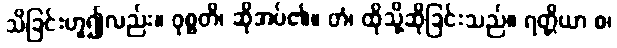
သိခြင်းဟူ၍လည်း။ ဝုစ္စတိ၊ ဆိုအပ်၏။ တံ၊ ထိုသို့ဆိုခြင်းသည်။ ရတ္တိယာ စ၊